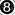
8